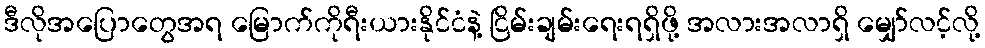
ဒီလိုအပြောတွေအရ မြောက်ကိုရီးယားနိုင်ငံနဲ့ ငြိမ်းချမ်းရေးရရှိဖို့ အလားအလာရှိ မျှော်လင့်လို့